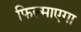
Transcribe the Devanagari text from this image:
फिल्माएगा